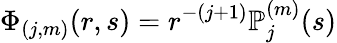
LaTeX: \Phi_{(j,m)}(r,s)=r^{-(j+1)}\mathbb{P}_{j}^{(m)}(s)